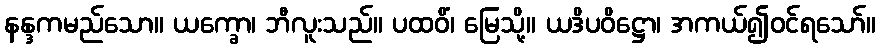
နန္ဒကမည်သော။ ယက္ခော၊ ဘီလူးသည်။ ပထဝိံ၊ မြေသို့။ ယဒိပဝိဋ္ဌော၊ အကယ်၍ဝင်ရသော်။